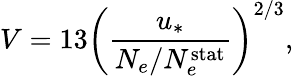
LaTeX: V=13\left(\frac{u_{\ast}}{N_{e}/N_{e}^{\mathrm{stat}}}\right)^{2/3},